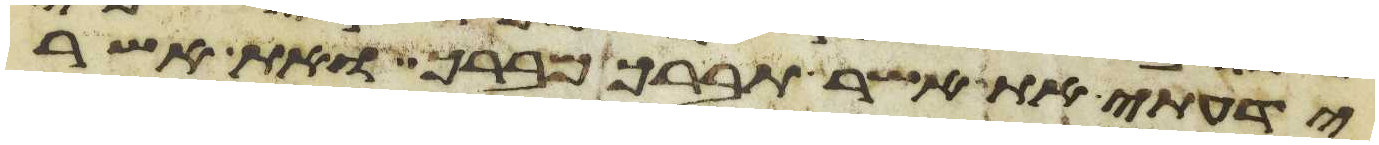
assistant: ידעתי את אשר תברך מברך ואת אשר